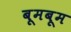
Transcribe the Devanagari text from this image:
बूमबूम